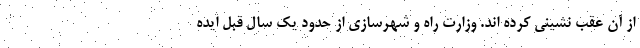
از آن عقب نشینی کرده اند. وزارت راه و شهرسازی از حدود یک سال قبل ایده